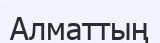
Алматтың